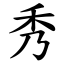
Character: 秀